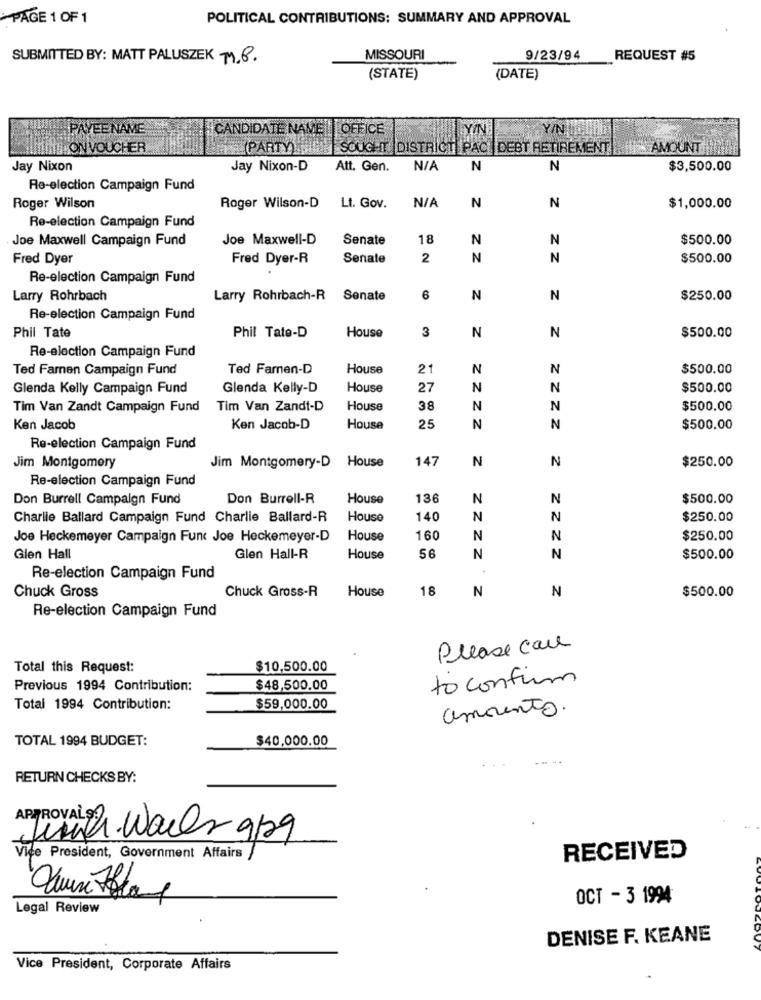
PAGE 1 OF 1
POLITICAL CONTRIBUTIONS: SUMMARY AND APPROVAL
SUBMITTED BY: MATT PALUSZEK M.8.
MISSOURI
9/23/94
REQUEST #5
(STATE)
(DATE)
PAYEE NAME
CANDIDATE NAME
OFFICE
YIN
Y/N
II.ON VOUCHER
PARTY)
SOUGHT DISTRICT PAC
DEBT RETIREMENT
AMOUNT
Jay Nixon
Jay Nixon-D
Att. Gen.
N
N
$3,500.00
Re-election Campaign Fund
Roger Wilson
Roger Wilson-D
Lt. Gov.
N
N
$1,000.00
Re-election Campaign Fund
Joe Maxwell Campaign Fund
Joe Maxwell-D
Senate
18
N
N
$500.00
Fred Dyer
Fred Dyer-R
Senate
2
N
N
$500.00
Re-election Campaign Fund
Larry Rohrbach
Larry Rohrbach-R
Senate
6
N
N
$250.00
Re-election Campaign Fund
Phil Tate
Phil Tate-D
3
N
House
N
$500.00
Re-election Campaign Fund
Ted Famnen Campaign Fund
Ted Farnen-D
House
21
N
N
$500.00
Glenda Kelly Campaign Fund
Glenda Kelly-D
House
27
N
N
$500.00
Tim Van Zandt Campaign Fund
Tim Van Zandt-D
House
38
N
N
$500.00
Ken Jacob
Ken Jacob-D
House
25
N
N
$500.00
Re-election Campaign Fund
Jim Montgomery-D House
147
N
N
$250.00
Jim Montgomery
Re-election Campaign Fund
Don Burrell Campaign Fund
Don Burrell-R
House
136
N
N
$500.00
Charlie Ballard Campaign Fund Charlie Ballard-R
House
140
N
N
$250.00
Joe Heckemeyer Campaign Fund Joe Heckemeyer-D
House
160
N
N
$250.00
Glen Hall
Glen Hall-R
House
56
N
N
$500.00
Re-election Campaign Fund
Chuck Gross-R
House
18
N
N
$500.00
Chuck Gross
Re-election Campaign Fund
Please cau
Total this Request:
$10,500.00
to confirm
Previous 1994 Contribution:
$48,500.00
Total 1994 Contribution:
$59,000.00
amiento.
TOTAL 1994 BUDGET:
$40,000.00
- -.
RETURN CHECKS BY:
APPROVAL 2 Wails 9/29
Vice President, Government Affairs
RECEIVED
OCT - 3 1994
Legal Review
DENISE F. KEANE
Vice President, Corporate Affairs